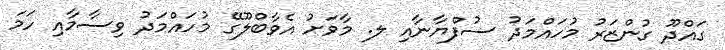
ގައްދޫ ގުންޒަރު މުހައްމަދު ސުފްޔާނާއި ލ. މާވަށު އެވާބްލޫގޭ މުހައްމަދު ވިސާމާއި ހަމަ